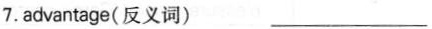
7. advantage(反义词) ___